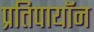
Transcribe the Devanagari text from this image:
प्रतिपायॉन